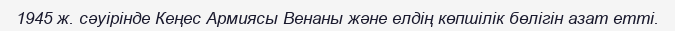
1945 ж. сәуірінде Кеңес Армиясы Венаны және елдің көпшілік бөлігін азат етті.